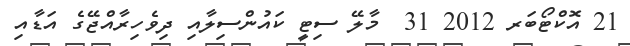
21 އޮކްޓޯބަރ 2012 31  މާލޭ ސިޓީ ކައުންސިލާއި ދިވެހިރާއްޖޭގެ އަޑާއި